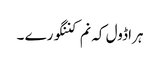
ہراڈول کہ نم کننگورے ۔